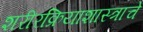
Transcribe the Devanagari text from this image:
शरीरक्रियाशास्त्राचे